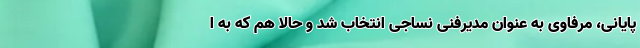
پایانی، مرفاوی به عنوان مدیرفنی نساجی انتخاب شد و حالا هم که به ا